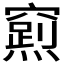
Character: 𮄛